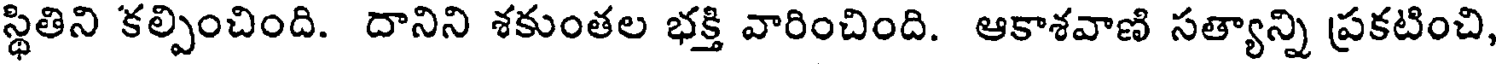
స్థితిని కల్పించింది. దానిని శకుంతల భక్తి వారించింది. ఆకాశవాణి సత్యాన్ని ప్రకటించి,